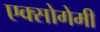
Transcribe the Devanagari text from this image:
एक्सोगेमी